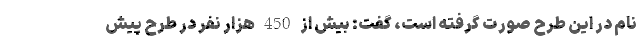
نام در این طرح صورت گرفته است، گفت: بیش از 450 هزار نفر در طرح پیش